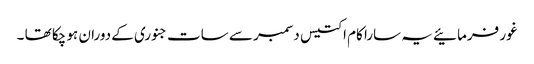
غور فرمائیے یہ سارا کام اکتیس دسمبر سے سات جنوری کے دوران ہو چکا تھا ۔